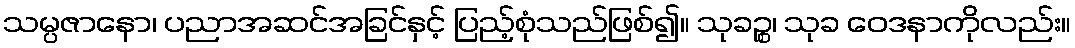
သမ္ပဇာနော၊ ပညာအဆင်အခြင်နှင့် ပြည့်စုံသည်ဖြစ်၍။ သုခဉ္စ၊ သုခ ဝေဒနာကိုလည်း။